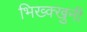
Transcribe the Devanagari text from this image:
भिख्क्खुनी